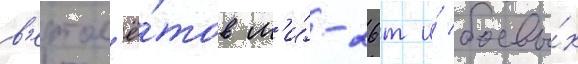
в'ертол'ё́тов м'и́-26т и́ боевы́х